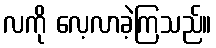
လကို လေ့လာခဲ့ကြသည်။